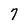
Character: 7